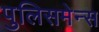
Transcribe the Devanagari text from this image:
पुलिसमेन्स